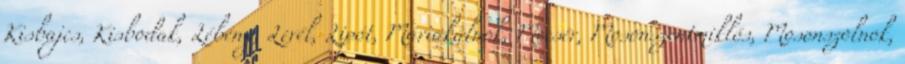
Kisbajcs, Kisbodak, Lébény, Levél, Lipót, Máriakálnok, Mecsér, Mosonszentmiklós, Mosonszolnok,